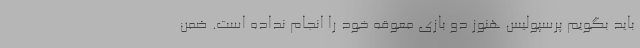
باید بگویم پرسپولیس هنوز دو بازی معوقه خود را انجام نداده است. ضمن